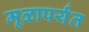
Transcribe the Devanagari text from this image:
मूळापर्यंत